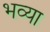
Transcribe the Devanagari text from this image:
भव्‍या